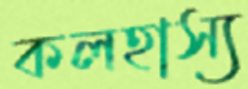
কলহাস্য